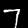
Label: 7